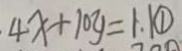
4 x + 1 0 y = 1 . 1 \textcircled { 1 }